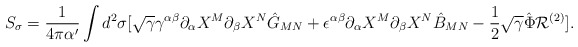
\begin{align*}S_{\sigma}={1\over {4\pi\alpha^{\prime}}}\int d^2\sigma [\sqrt{\gamma}\gamma^{\alpha\beta}\partial_{\alpha}X^M \partial_{\beta}X^N\hat{G}_{MN}+{\epsilon}^{\alpha\beta}\partial_{\alpha}X^M \partial_{\beta}X^N\hat{B}_{MN}-{1\over 2}\sqrt{\gamma}\hat{\Phi}{\cal R}^{(2)}].\end{align*}